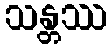
သန္တဿ